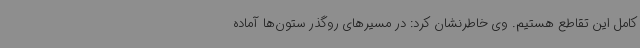
کامل این تقاطع هستیم. وی خاطرنشان کرد: در مسیرهای روگذر ستون‌ها آماده